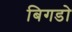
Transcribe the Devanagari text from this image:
बिगडो